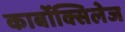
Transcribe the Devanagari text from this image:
कार्बोक्सिलेज